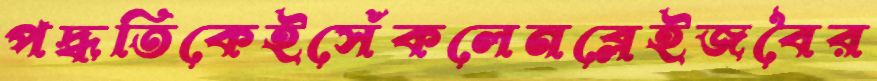
পদ্ধতিকেইসেঁকলেনব্লেইজবৈর